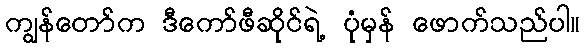
ကျွန်တော်က ဒီကော်ဖီဆိုင်ရဲ့ ပုံမှန် ဖောက်သည်ပါ။